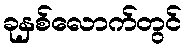
ခုနှစ်လောက်တွင်